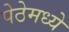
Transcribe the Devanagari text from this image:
पेठेमध्ये